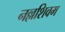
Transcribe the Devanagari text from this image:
नल्लशिवम